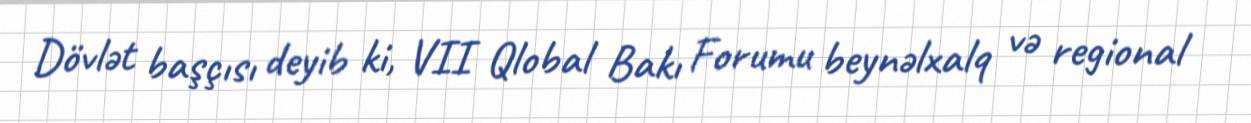
Dövlət başçısı deyib ki, VII Qlobal Bakı Forumu beynəlxalq və regional